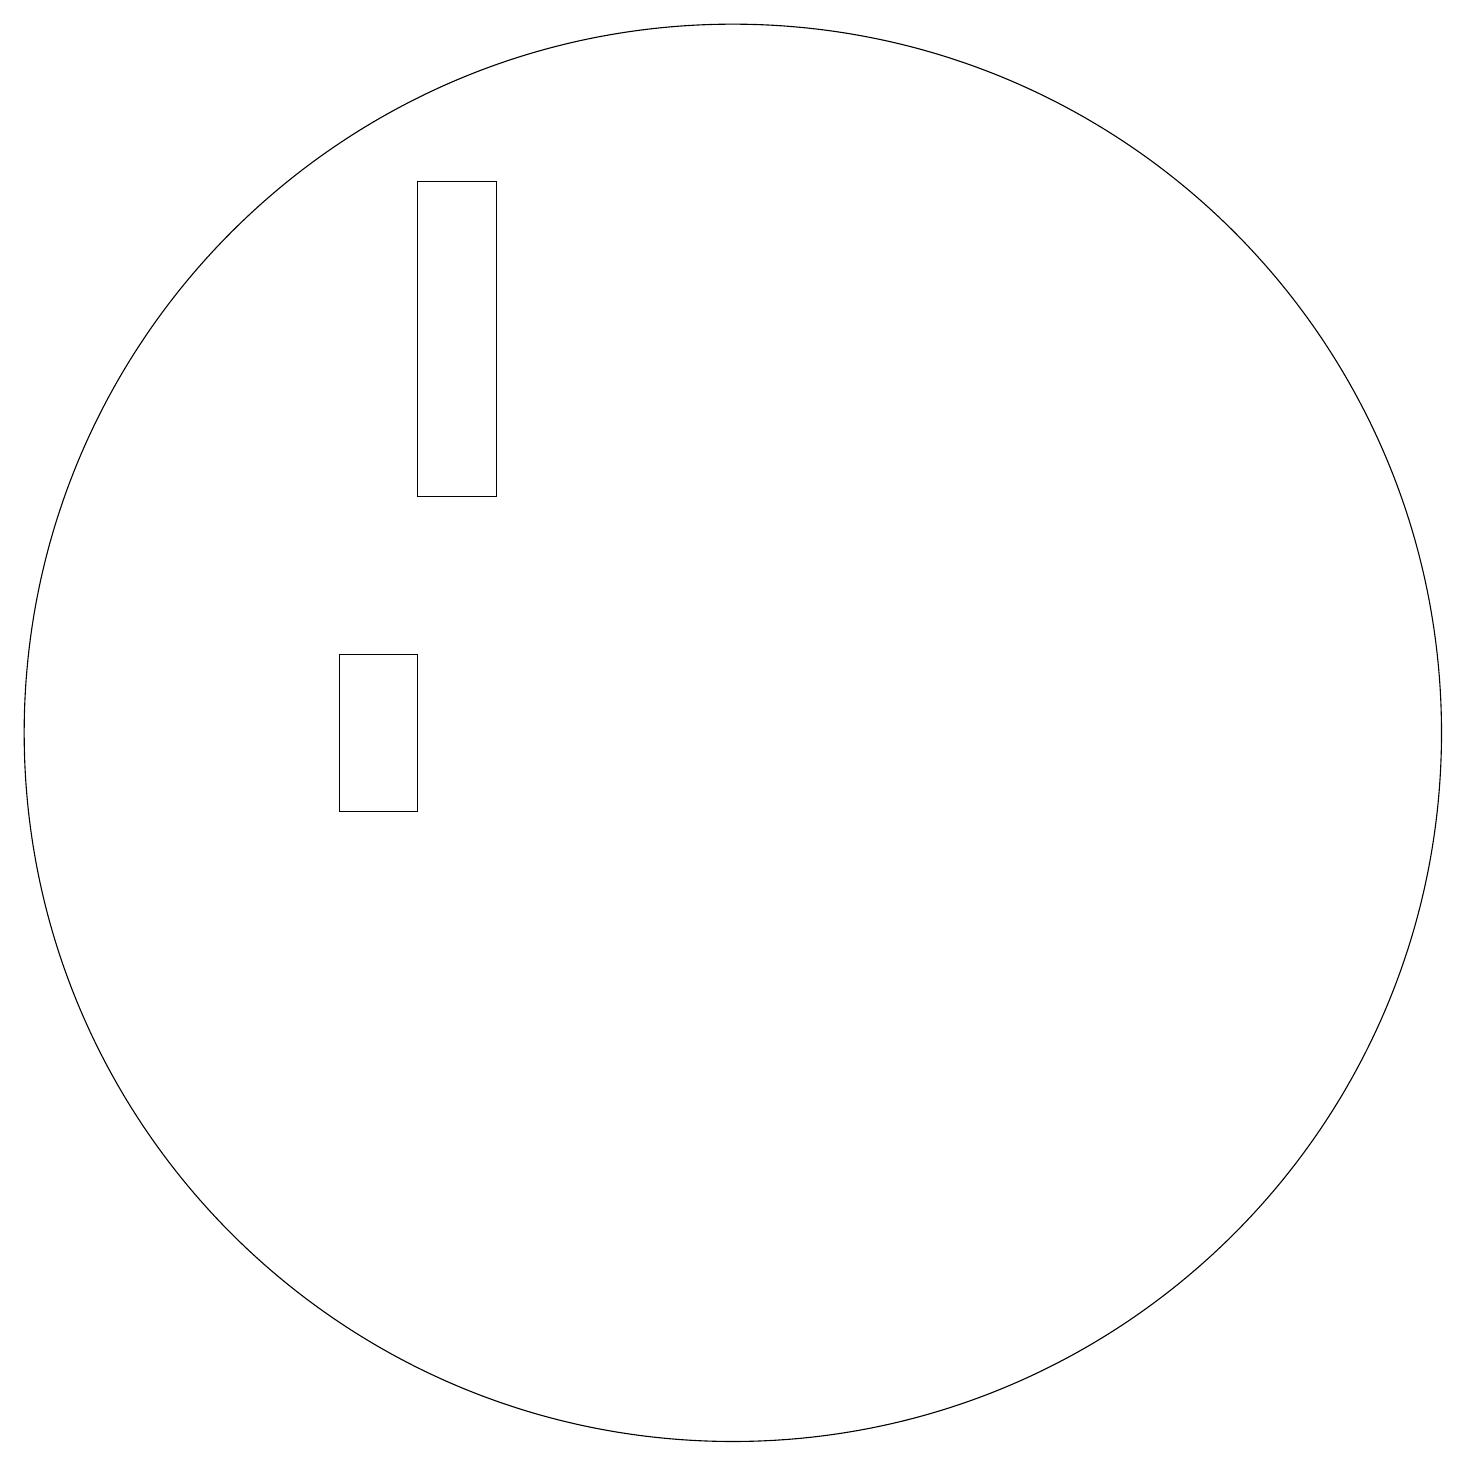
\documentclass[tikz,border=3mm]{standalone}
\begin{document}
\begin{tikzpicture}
\draw (10,12) circle (0);
\draw (6,18) rectangle (7,14);
\draw (5,10) rectangle (6,12);
\draw (10,11) circle (9);
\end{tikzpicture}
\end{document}